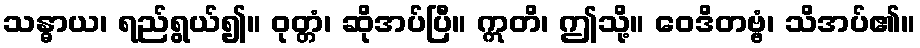
သန္ဓာယ၊ ရည်ရွယ်၍။ ဝုတ္တံ၊ ဆိုအပ်ပြီ။ ဣတိ၊ ဤသို့။ ဝေဒိတဗ္ဗံ၊ သိအပ်၏။